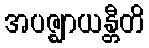
အပဇ္ဈာယန္တီတိ